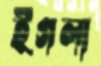
ইগলা